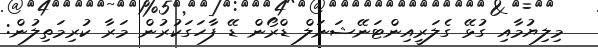
މިލިޔުމާއި ގުޅޭ ގެލަރީއިންޓަނޭޝަނަލް ޑްރޯން ޑޭ ފާހަގަކުރުން މަރާ ކުރިމަތިލުން: